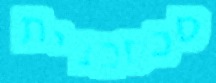
סכסכנית